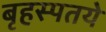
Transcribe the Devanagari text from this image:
बृहस्पतये